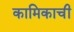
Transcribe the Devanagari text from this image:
कामिकाची